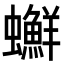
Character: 𧕇